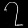
Digit: ၇